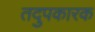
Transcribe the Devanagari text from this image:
तदुपकारक